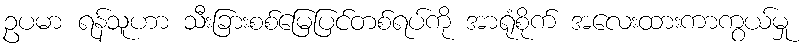
ဥပမာ ရန်သူဟာ သီးခြားစစ်မြေပြင်တစ်ရပ်ကို အာရုံစိုက် အလေးထားကာကွယ်မှု